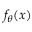
f _ { \boldsymbol { \theta } } ( x )